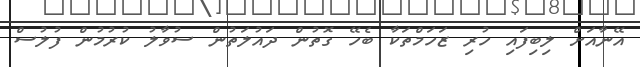
އޭނާއަށް ލިބިފައި ހުރި ޒަހަމްތަކާ ބެހޭ ގޮތުން ދައުލަތުން ސުވާލު ކުރުމުން ފުލުސް